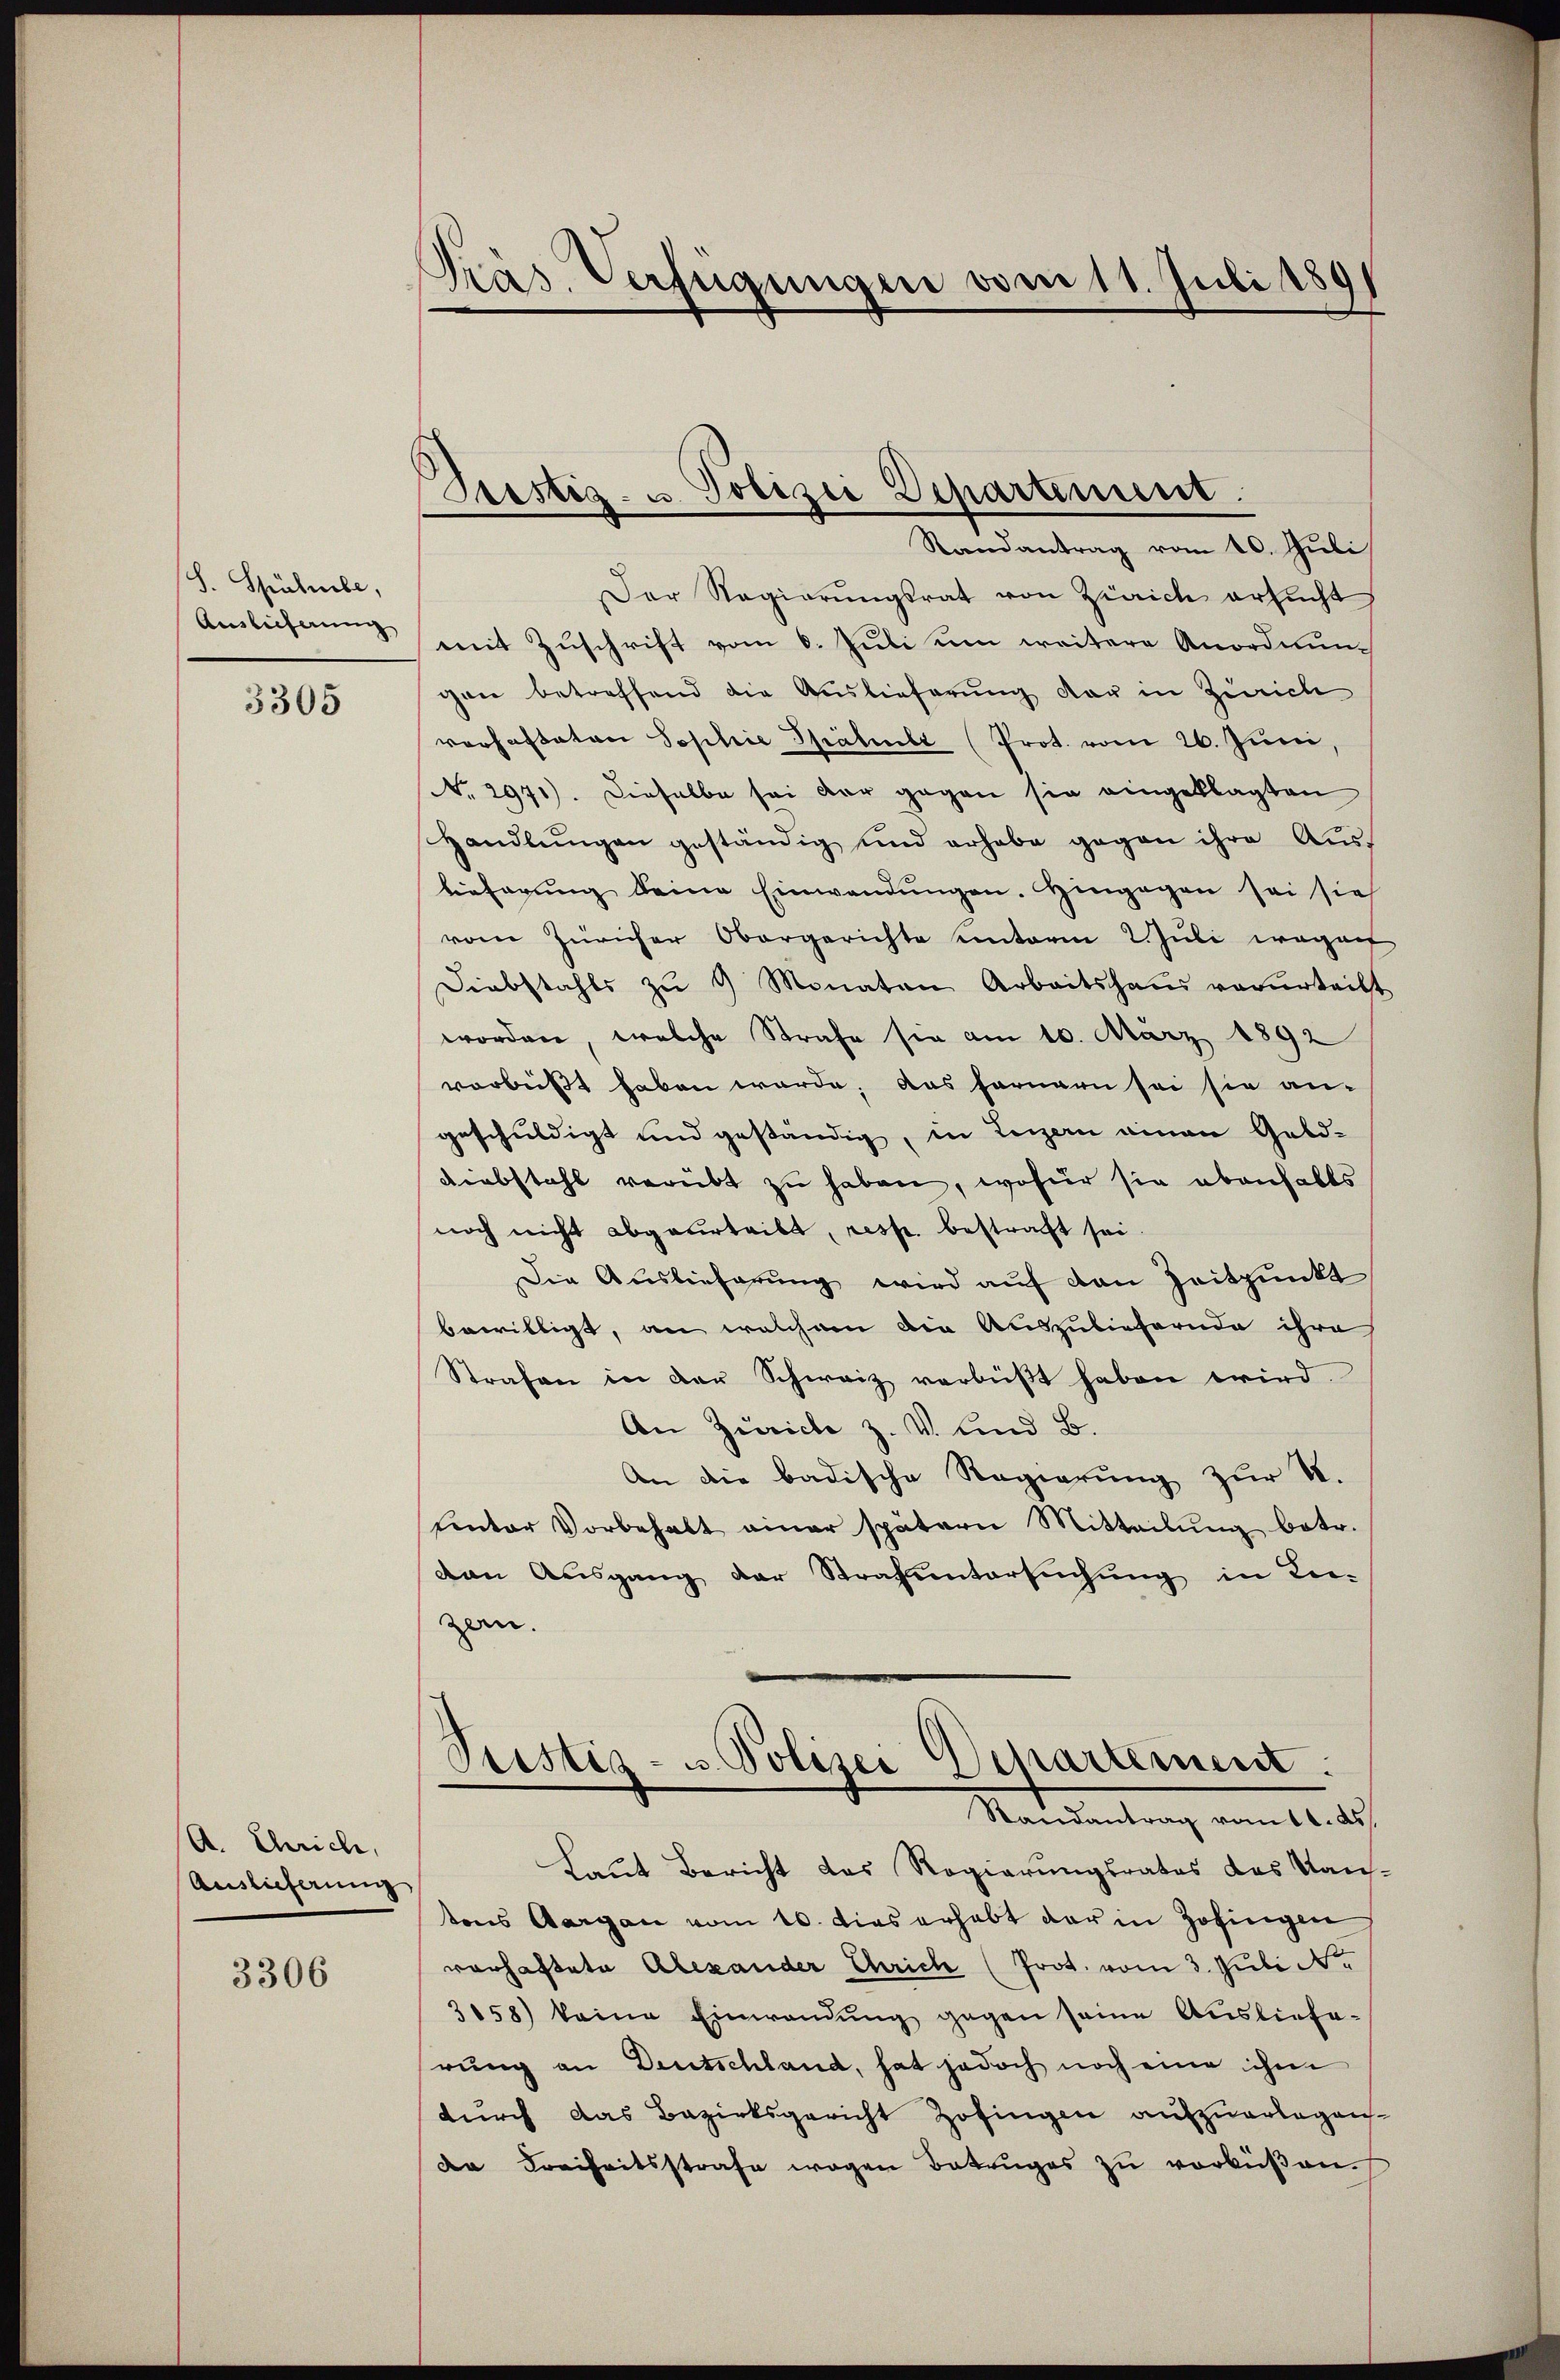
S. Spülmbe,
Auslieferung

3305

A. Chriche,
Auslieferung

3306

Präs. Verfügungen vom 11. Juli 189

Justiz- u. Polizei Departinum.
Randantrag vom 10. Juli

Der Regierŭngsrat von Zürich ersŭcht
mit Zuschrift vom 6. Juli um weitere Anordnungen betreffend die Auslieferung der in Zürich
verhafteten Sophie Später (Prot. vom 26. Juni
No. 2971). Dieselbe sei der gegen sie eingeklagten
Handlŭngen geständig und erhabe gegen ihre Aŭs-
lieferung deine Einwendungen. Hingegen sei sie
vom Züricher Obergerichte unterm 2. Juli wegen
Diebstahls zŭ 9 Monaten Arbeitshaŭs verurteilt
worden, welche Strafe sie am 10. März 1892
vorbeißt haben werde; das fernern sei sie an-
geschuldigt und geständig, in Legern einen Geld-
Diebstahl verübt zu haben, wofür sie abanhalts
noch nicht abgeurteilt, resp. bestraft sei.
Die Auslieferung wird auf den Zeitpunkt
bewilligt, an welchem die Auszuliefernde ihre
Strafen in der Schweiz verbüßt haben wird.
An Zürich z. V. und B.
An die badische Regierung zur S.
unter Vorbehalt einer spätern Mitteilŭng betr.
von Ausgang der Strafuntersuchung in Lei-
zen.
Ptistiz- u Polizei Departement.
Randantrag vom 10. ds.
Laut Bericht das Regierungsrates das Kan-
tens Aargau vom 10. dies erhebt der in Zofingen
vorhaftete Alexander Chrich (Prot. vom 3. Juli de
3858) keine Einwendung gegen seine Auslieferŭng an Deutschland, hat jedoch noch eine ihm
durch das Bezirksgericht Zofingen aufzuerlagen.
de Freiheitsstrafe wegen Betruges zu verküßen.